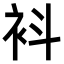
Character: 𧘞